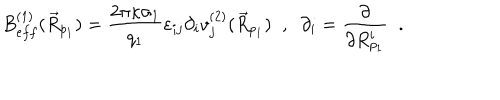
LaTeX: B _ { e f f } ^ { ( 1 ) } ( \vec { R } _ { p _ { 1 } } ) = \frac { 2 \pi \kappa \sigma _ { 1 } } { q _ { 1 } } \varepsilon _ { i j } \partial _ { i } v _ { j } ^ { ( 2 ) } ( \vec { R } _ { p _ { 1 } } ) \; \; , \; \; \partial _ { i } = \frac { \partial } { \partial R _ { p _ { 1 } } ^ { i } } \; \; .